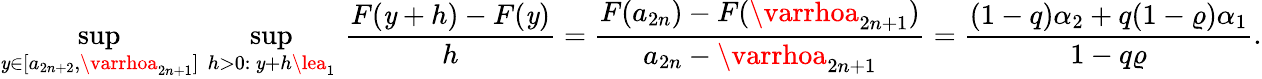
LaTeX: \operatorname*{sup}_{\mathit{y}\in[a_{2n+2},\varrhoa_{2n+1}]}\, \operatorname*{sup}_{h>0:\, \mathit{y}+h\lea_{1}}\, \frac{{F(\mathit{y}+h)-F(\mathit{y})}}{{h}}=\frac{{F(a_{2n})-F(\varrhoa_{2n+1})}}{{a_{2n}-\varrhoa_{2n+1}}}=\frac{{(1-q)\alpha_{2}+q(1-\varrho)\alpha_{1}}}{{1-q\varrho}}.